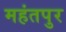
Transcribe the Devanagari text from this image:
महंतपुर